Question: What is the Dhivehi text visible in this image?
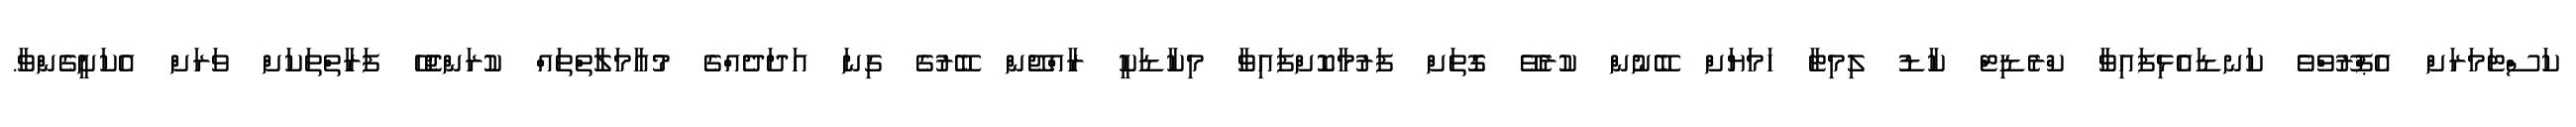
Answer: ކަސްޓަމަރަށް އެޕްރޫވްވެ ކަނޑައެޅިފައިވާ ކްރެޑިޓް ކާޑު ލިމިޓާ ހަމަޔަށް ބޭނުން ކުރެވޭ ގޮތަށް ފަރުމާކޮށްފައިވާ މިކާޑަކީ ރާއްޖޭން ބޭރުގެ ގިނަ އަދަދެއްގެ މުއާމަލާތްތައް ކުރަންޖެހޭ ފަރާތްތަކަށް ވަރަށް އެކަށީގެންވާ.